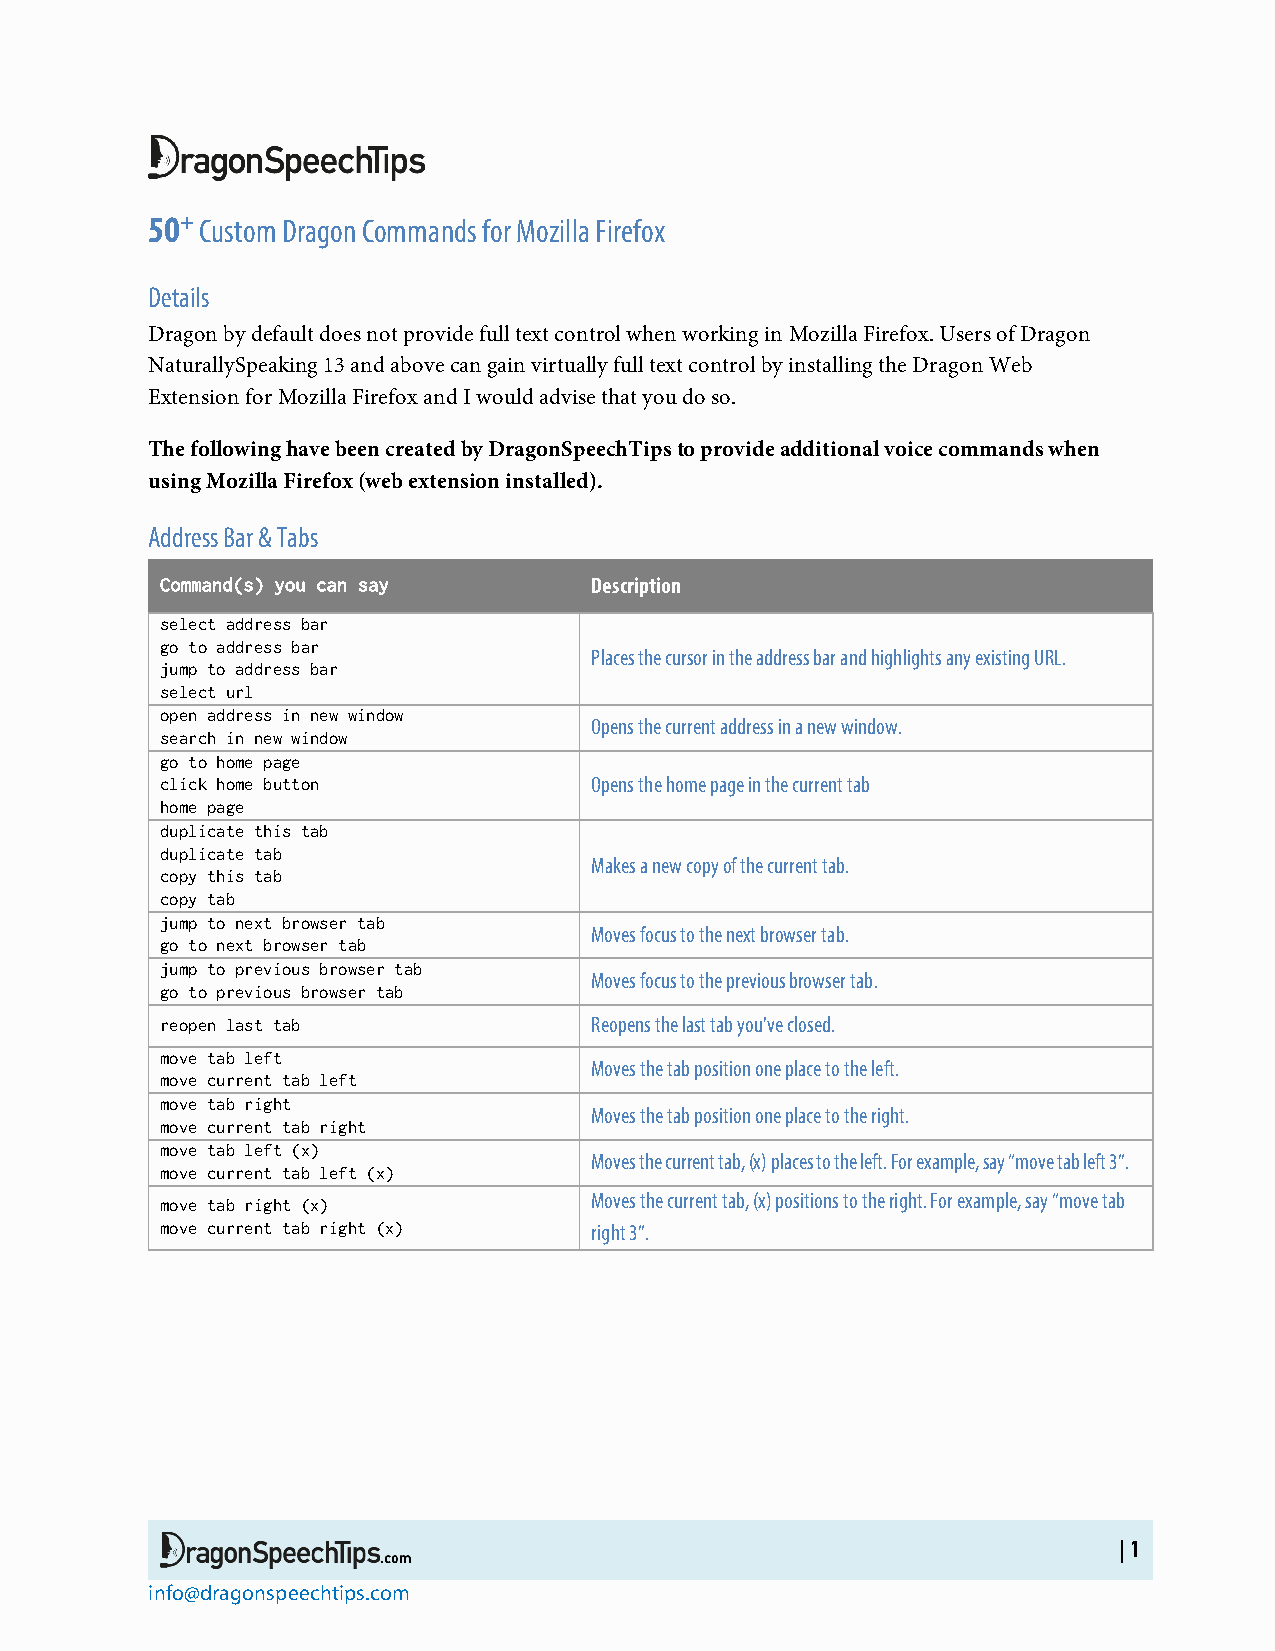
50+ Custom Dragon Commands for Mozilla Firefox
 Details
 Dragon by default does not provide full text control when working in Mozilla Firefox. Users of Dragon
 NaturallySpeaking 13 and above can gain virtually full text control by installing the Dragon Web
 Extension for Mozilla Firefox and I would advise that you do so.
 The following have been created by DragonSpeechTips to provide additional voice commands when
 using Mozilla Firefox (web extension installed).
 Address Bar & Tabs
 Command(s) you can say      Description
 select address bar
 go to address bar
 Places the cursor in the address bar and highlights any existing URL.
 jump to address bar
 select url
 open address in new window
 Opens the current address in a new window.
 search in new window
 go to home page
 click home button           Opens the home page in the current tab
 home page
 duplicate this tab
 duplicate tab
 Makes a new copy of the current tab.
 copy this tab
 copy tab
 jump to next browser tab
 Moves focus to the next browser tab.
 go to next browser tab
 jump to previous browser tab
 Moves focus to the previous browser tab.
 go to previous browser tab
 reopen last tab             Reopens the last tab you've closed.
 move tab left
 Moves the tab position one place to the left.
 move current tab left
 move tab right
 Moves the tab position one place to the right.
 move current tab right
 move tab left (x)
 Moves the current tab, (x) places to the left. For example, say “move tab left 3”.
 move current tab left (x)
 move tab right (x)          Moves the current tab, (x) positions to the right. For example, say “move tab
 move current tab right (x)  right 3”.
 | 1
 info@dragonspeechtips.com